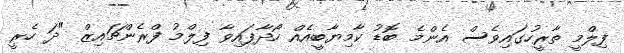
ފިލްމީ ތާރީހުގައިވެސް އެންމެ ބޮޑު ކާމިޔާބީއެއް ހޯދާފައިވާ ފިލްމު ފްރެންޗައިޒް "ދަ ހެރީ